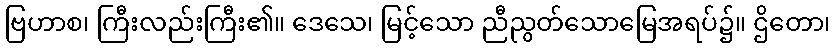
ဗြဟာစ၊ ကြီးလည်းကြီး၏။ ဒေသေ၊ မြင့်သော ညီညွတ်သောမြေအရပ်၌။ ဌိတော၊